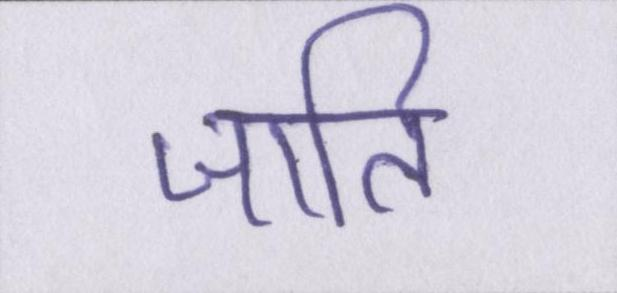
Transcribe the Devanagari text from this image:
जाति